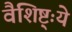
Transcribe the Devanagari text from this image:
वैशिष्ट्ःये